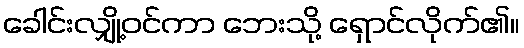
ခေါင်းလျှို့ဝင်ကာ ဘေးသို့ ရှောင်လိုက်၏။